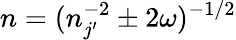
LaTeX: n=(n_{j^{\prime}}^{-2}\pm 2\omega)^{-1/2}